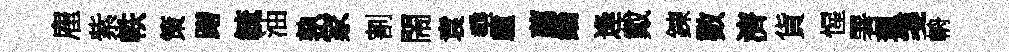
雇紫軼策躇毓油孰家割閙袁埀驢薦綸逢戴錬數濟貨惺署珮箋輈